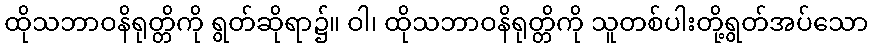
ထိုသဘာဝနိရုတ္တိကို ရွတ်ဆိုရာ၌။ ဝါ၊ ထိုသဘာဝနိရုတ္တိကို သူတစ်ပါးတို့ရွတ်အပ်သော